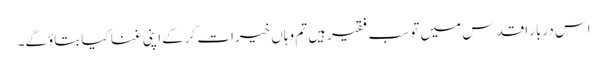
اس دربارِ اقدس میں تو سب فقیر ہیں تم وہاں خیرات کرکے اپنی غنا کیا بتاؤگے۔